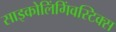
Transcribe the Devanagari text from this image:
साइकोलिंगिंवस्टिक्स